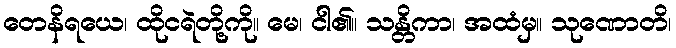
တေနိရယေ၊ ထိုငရဲတို့ကို။ မေ၊ ငါ၏။ သန္တိကာ၊ အထံမှ။ သုဏောတိ၊